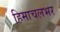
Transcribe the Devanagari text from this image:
हिमाचलभर